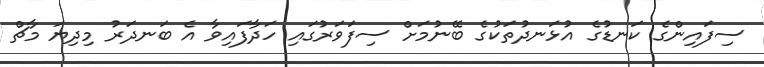
ސިފައިންގެ ކަނޑުގެ އުޅަނދުތަކުގެ ބޭނުމަށް ސިފަވަރުގައި ހަދާފައިވާ އެ ބަނދަރު މިދިޔަ މާޗް